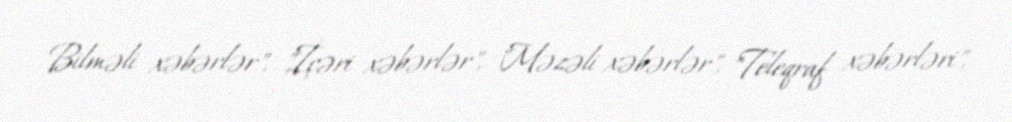
Bilməli xəbərlər", "İçəri xəbərlər", "Məzəli xəbərlər", "Teleqraf xəbərləri",